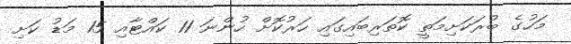
މަހުގެ ބުރަކަށިމަތީ ކޮތަރިބައިގައި ހަރުކޮށް ހުންނަ 11 ކައްޓާއި 15 މަޑު ކަށި